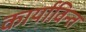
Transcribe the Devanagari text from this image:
कार्याविन्त